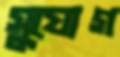
সু্যোগ